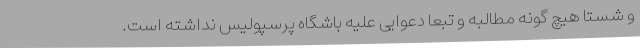
و شستا هیچ گونه مطالبه و تبعا دعوایی علیه باشگاه پرسپولیس نداشته است.